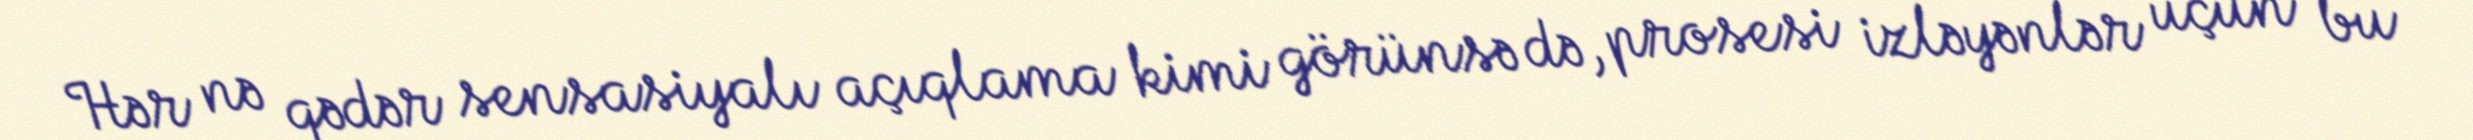
Hər nə qədər sensasiyalı açıqlama kimi görünsə də, prosesi izləyənlər üçün bu